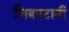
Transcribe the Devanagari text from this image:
चित्रपटानी